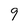
Character: 9